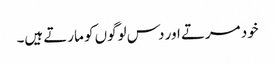
خود مرتے اور دس لوگوں کو مارتے ہیں۔